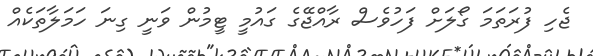
ޖެހި ފުރަތަމަ ގޯލަށް ފަހުވެސް ރާއްޖޭގެ ގައުމީ ޓީމުން ވަނީ ގިނަ ހަމަލާތަކެއް